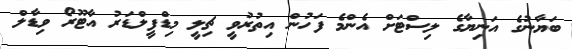
ބަޔާނުގެ އަނިޔާގެ ލިސްޓަށް އެންމެ ފަހުން އިތުރުވީ ޗިލީ މިޑްފީލްޑަރު އާޓޫރޯ ވިޑާލް